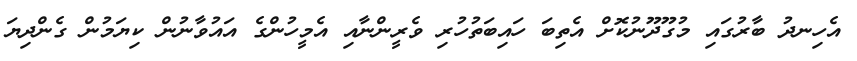
އެހިނދު ބާރުގައި މުގޫދޫނުކޮށް އެތިބަ ހައިބަތުހުރި ވެރީންނާއި އެމީހުންގެ އައުވާނުން ކިޔަމުން ގެންދިޔަ